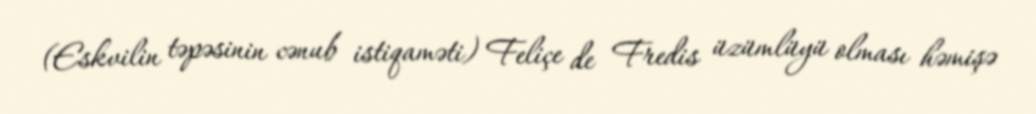
(Eskvilin təpəsinin cənub istiqaməti) Feliçe de Fredis üzümlüyü olması həmişə